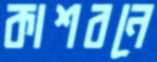
কাশবনে